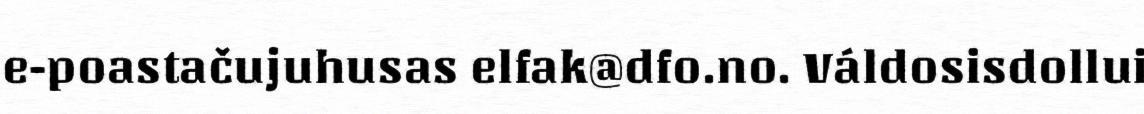
e-poastačujuhusas elfak@dfo.no. Váldosisdollui